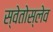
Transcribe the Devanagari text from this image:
स्वेतोस्लेव